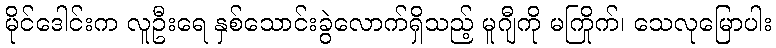
မိုင်ဒေါင်းက လူဦးရေ နှစ်သောင်းခွဲလောက်ရှိသည့် မူဂျီကို မကြိုက်၊ သေလုမြောပါး